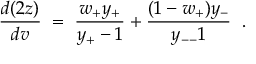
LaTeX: \frac { d ( 2 z ) } { d v } \; = \; \frac { w _ { + } y _ { + } } { y _ { + } - 1 } + \frac { ( 1 - w _ { + } ) y _ { - } } { y _ { -- } 1 } \; \; .